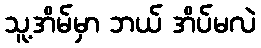
သူ့အိမ်မှာ ဘယ် အိပ်မလဲ